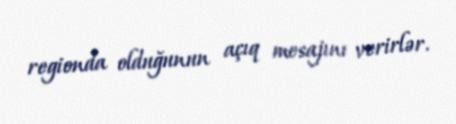
regionda olduğunun açıq mesajını verirlər.